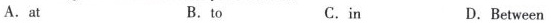
A.at B.to C.in D.Between